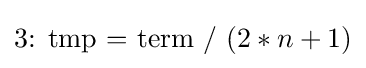
{\mathtt {\text{3: tmp = term / }}}(2*n+1)